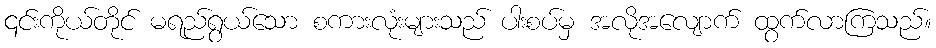
၎င်းကိုယ်တိုင် မရည်ရွယ်သော စကားလုံးများသည် ပါးစပ်မှ အလိုအလျောက် ထွက်လာကြသည်။